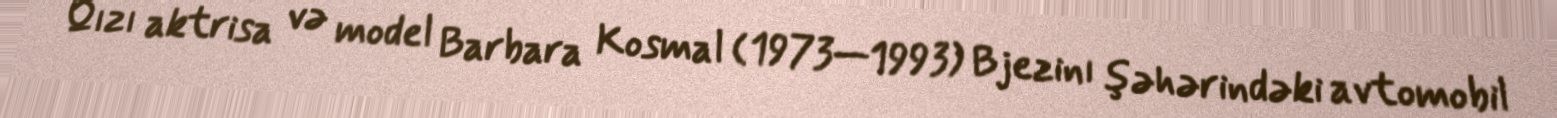
Qızı aktrisa və model Barbara Kosmal (1973—1993) Bjezinı şəhərindəki avtomobil